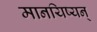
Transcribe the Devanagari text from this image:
मानयिष्यन्